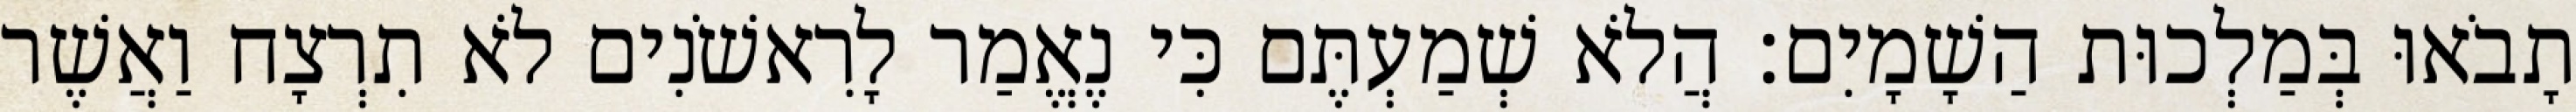
תָבֹאוּ בְּמַלְכוּת הַשָׁמָיִם׃ הֲלֹא שְׁמַעְתֶּם כִּי נֶאֱמַר לָרִאשֹׁנִים לֹא תִרְצָח וַאֲשֶׁר